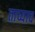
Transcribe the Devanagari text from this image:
ताच्याच